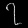
Digit: ၇